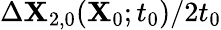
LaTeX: \Delta\mathbf{X}_{2,0}(\mathbf{X}_{0};t_{0})/2t_{0}